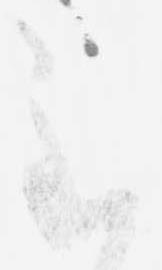
至